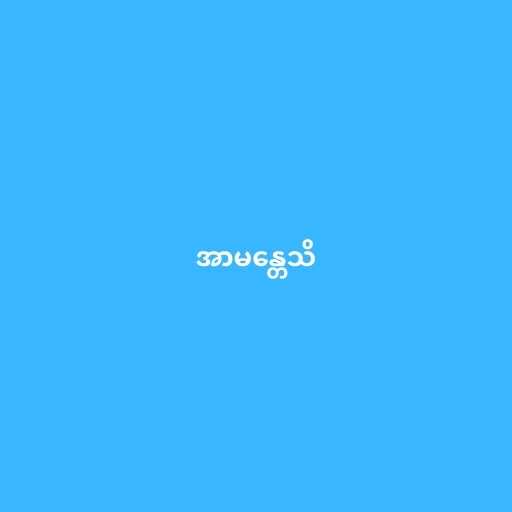
အာမန္တေသိ